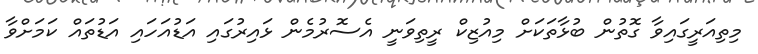
މިތިއަރީގައިވާ ގޮތުން ބުޅާތަކަށް މިއުޒިކް ރީތިވަނީ އެސޮރުމެން ޅައިރުގައި އަޑުއަހައި އަޑުތައް ކަމަށްވާ